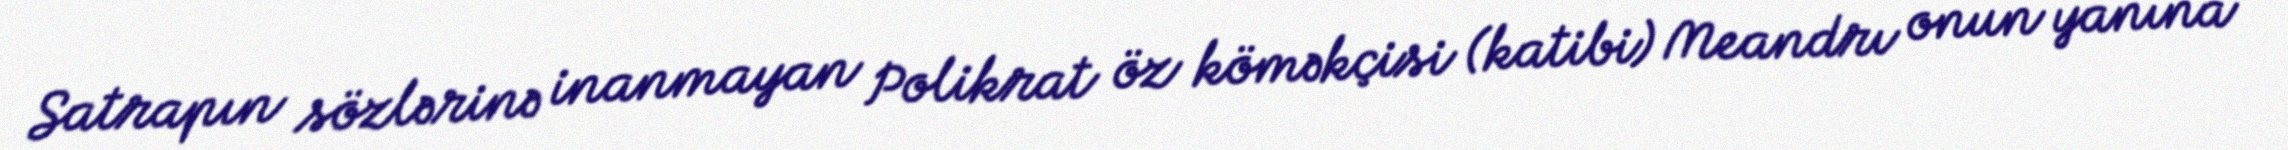
Satrapın sözlərinə inanmayan Polikrat öz köməkçisi (katibi) Meandrı onun yanına